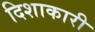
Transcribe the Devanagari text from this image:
दिशाकारी